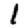
Digit: 1